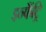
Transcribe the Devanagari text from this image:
इन्फैंट्रि